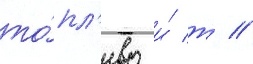
то́пл'иво и́ т //